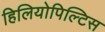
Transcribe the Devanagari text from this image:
हिलियोपिल्टिस